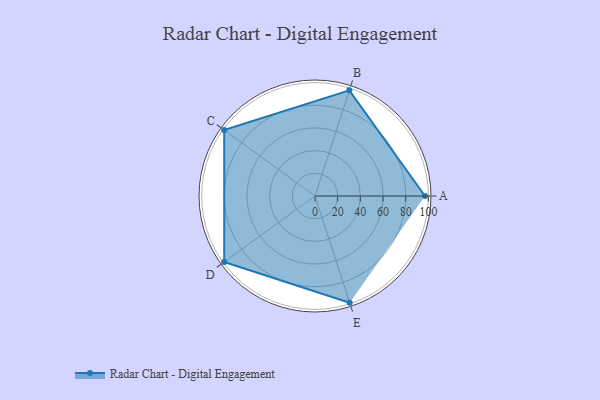
{"axis": {"x": "Skill", "y": "Score"}, "legend": ["Profile"], "data": [{"x": "A", "y": 97.0, "type": "Profile"}, {"x": "B", "y": 98.0, "type": "Profile"}, {"x": "C", "y": 99.0, "type": "Profile"}, {"x": "D", "y": 99, "type": "Profile"}, {"x": "E", "y": 99, "type": "Profile"}]}